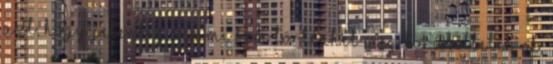
azt, hogy jelenleg semmi sem történhet meg körülöttetek, ok,